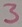
Text: 3